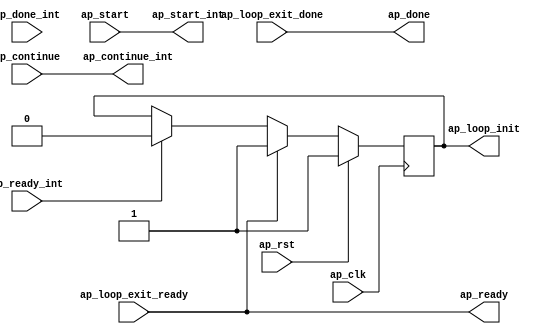
// ==============================================================
// Vitis HLS - High-Level Synthesis from C, C++ and OpenCL v2022.1 (64-bit)
// Tool Version Limit: 2022.04
// Copyright 1986-2022 Xilinx, Inc. All Rights Reserved.
// ==============================================================

`timescale 1 ns / 1 ps

module vadd_flow_control_loop_pipe(
        ap_clk,
        ap_rst,
        ap_start,
        ap_ready,
        ap_done,
        ap_continue,
        ap_start_int,
        ap_ready_int,
        ap_done_int,
        ap_continue_int,
        ap_loop_init,
        ap_loop_exit_ready,
        ap_loop_exit_done
);

input   ap_clk;
input   ap_rst;

//Block level handshake with outside loop
input   ap_start;
output  ap_ready;
output  ap_done;
input   ap_continue;

//Block level handshake with loop body
output  ap_start_int;
input   ap_ready_int;
input   ap_done_int;
output  ap_continue_int;

//Init live in variables
output   ap_loop_init;
reg ap_loop_init;

//Exit signal from loop body
input   ap_loop_exit_ready;
input   ap_loop_exit_done;

// power-on initialization
initial begin
#0 ap_loop_init = 1'b1;
end

assign ap_start_int = ap_start;

assign ap_continue_int = ap_continue;

assign ap_done = ap_loop_exit_done;

assign ap_ready = ap_loop_exit_ready;

//ap_loop_init is valid for the first II
//of the first loop run so as to enable
//the init block ops which are pushed into
//the first state of the pipeline region
always @ (posedge ap_clk)
begin
    if (ap_rst == 1'b1) begin
        ap_loop_init <= 1'b1;
    end else if(ap_loop_exit_ready == 1'b1) begin
        ap_loop_init <= 1'b1;
    end else if(ap_ready_int == 1'b1) begin
        ap_loop_init <= 1'b0;
    end
end

endmodule